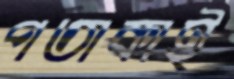
পতাকাই